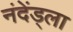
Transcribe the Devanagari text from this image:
नंदेंड्ला